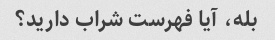
بله، آیا فهرست شراب دارید؟